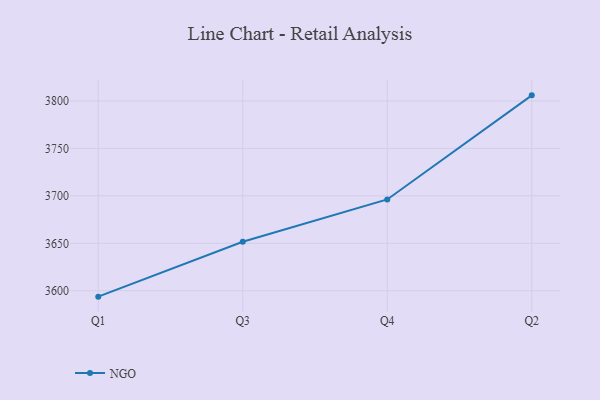
{"axis": {"x": "Quarter", "y": "Temperature (°C)"}, "legend": ["NGO"], "data": [{"x": "Q1", "y": 3593.8, "type": "NGO"}, {"x": "Q3", "y": 3651.6, "type": "NGO"}, {"x": "Q4", "y": 3696.2, "type": "NGO"}, {"x": "Q2", "y": 3805.9, "type": "NGO"}]}